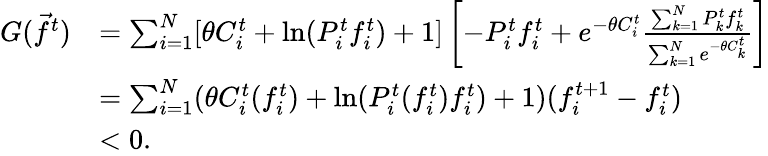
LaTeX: \begin{array}{rl}{G(\vec{f}^{t})}&{=\sum_{i=1}^{N}[\theta C_{i}^{t}+\mathrm{ln}(P_{i}^{t}f_{i}^{t})+1]\left[-P_{i}^{t}f_{i}^{t}+e^{-\theta C_{i}^{t}}\frac{\sum_{k=1}^{N}P_{k}^{t}f_{k}^{t}}{\sum_{k=1}^{N}e^{-\theta C_{k}^{t}}}\right]}\\ &{=\sum_{i=1}^{N}(\theta C_{i}^{t}(f_{i}^{t})+\mathrm{ln}(P_{i}^{t}(f_{i}^{t})f_{i}^{t})+1)(f_{i}^{t+1}-f_{i}^{t})}\\ &{<0.}\end{array}